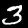
Digit: 3